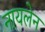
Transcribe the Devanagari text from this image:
नायलेन